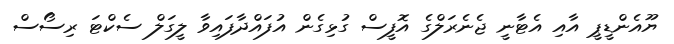
ޔޫއެންޑީޕީ އާއި އެޓާނީ ޖެނެރަލްގެ އޮފީސް ގުޅިގެން އުފައްދާފައިވާ ލީގަލް ސެކްޓަ ރިސޯސް